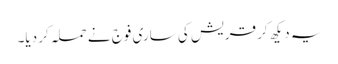
یہ دیکھ کر قریش کی ساری فوج نے حملہ کر دیا۔